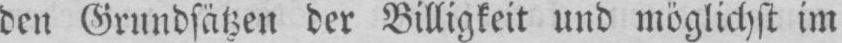
den Grundsätzen der Billigkeit und möglichst im